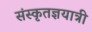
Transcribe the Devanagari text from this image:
संस्कृतज्ञयात्री